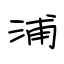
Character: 浦